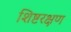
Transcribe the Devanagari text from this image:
शिष्टरक्षण